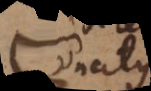
Conatus